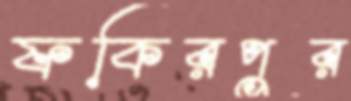
ফকিরপুর